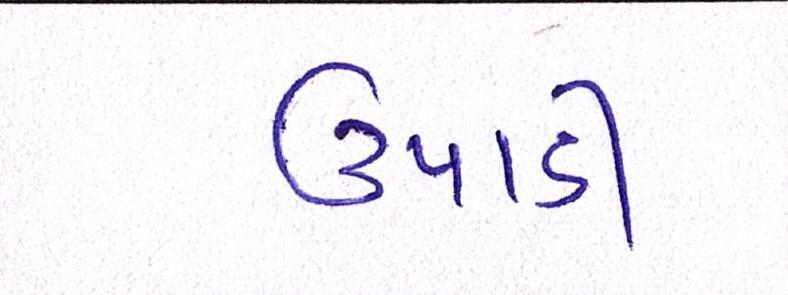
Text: ઉપાડી